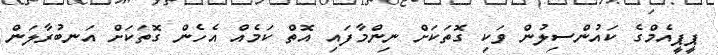
ޕީޕީއެމްގެ ކައުންސިލުން ވަކި ގޮތަކަށް ނިންމާފައި އޮތް ކަމެއް އެހެން ގޮތަކަށް އަނބުރާލަން